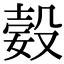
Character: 㜌